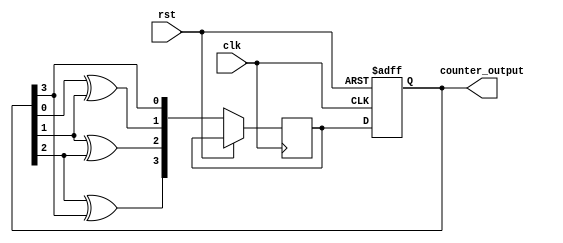
module johnson_gray_counter (
    input wire clk,
    input wire rst,
    output reg [3:0] counter_output
);

reg [3:0] next_counter_output;

always @(posedge clk or posedge rst) begin
    if (rst) begin
        counter_output <= 4'b0000;
    end else begin
        next_counter_output[0] <= counter_output[3];
        next_counter_output[1] <= counter_output[0] ^ counter_output[1];
        next_counter_output[2] <= counter_output[1] ^ counter_output[2];
        next_counter_output[3] <= counter_output[2] ^ counter_output[3];
        counter_output <= next_counter_output;
    end
end

endmodule